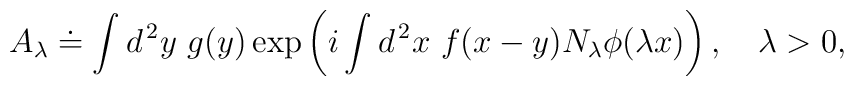
A_\lambda \doteq\int d^{\, 2} y \  g(y) \exp \left(i \int d^{\, 2} x \  f(x-y) N_\lambda\phi(\lambda x)\right), \quad \lambda > 0,